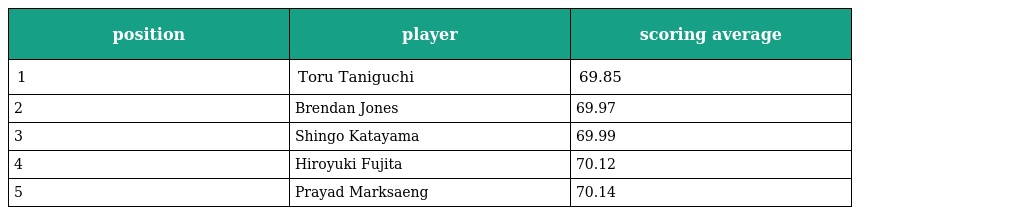
| position | player | scoring average |
 | --- | --- | --- |
 | 1 | Toru Taniguchi | 69.85 |
 | 2 | Brendan Jones | 69.97 |
 | 3 | Shingo Katayama | 69.99 |
 | 4 | Hiroyuki Fujita | 70.12 |
 | 5 | Prayad Marksaeng | 70.14 |